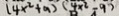
( 4 x ^ { 2 } + a ) ( 4 x ^ { 2 } - 9 )